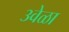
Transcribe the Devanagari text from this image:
३वेळा